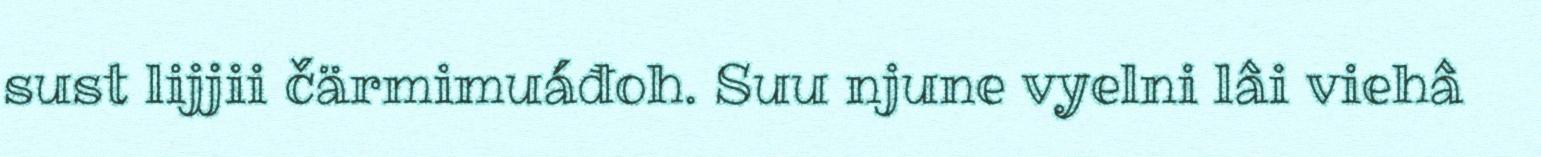
sust lijjii čärmimuáđoh. Suu njune vyelni lâi viehâ